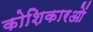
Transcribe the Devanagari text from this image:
कोशिकारओं